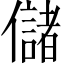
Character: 儲